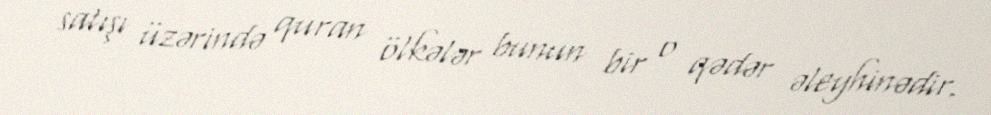
satışı üzərində quran ölkələr bunun bir o qədər əleyhinədir.